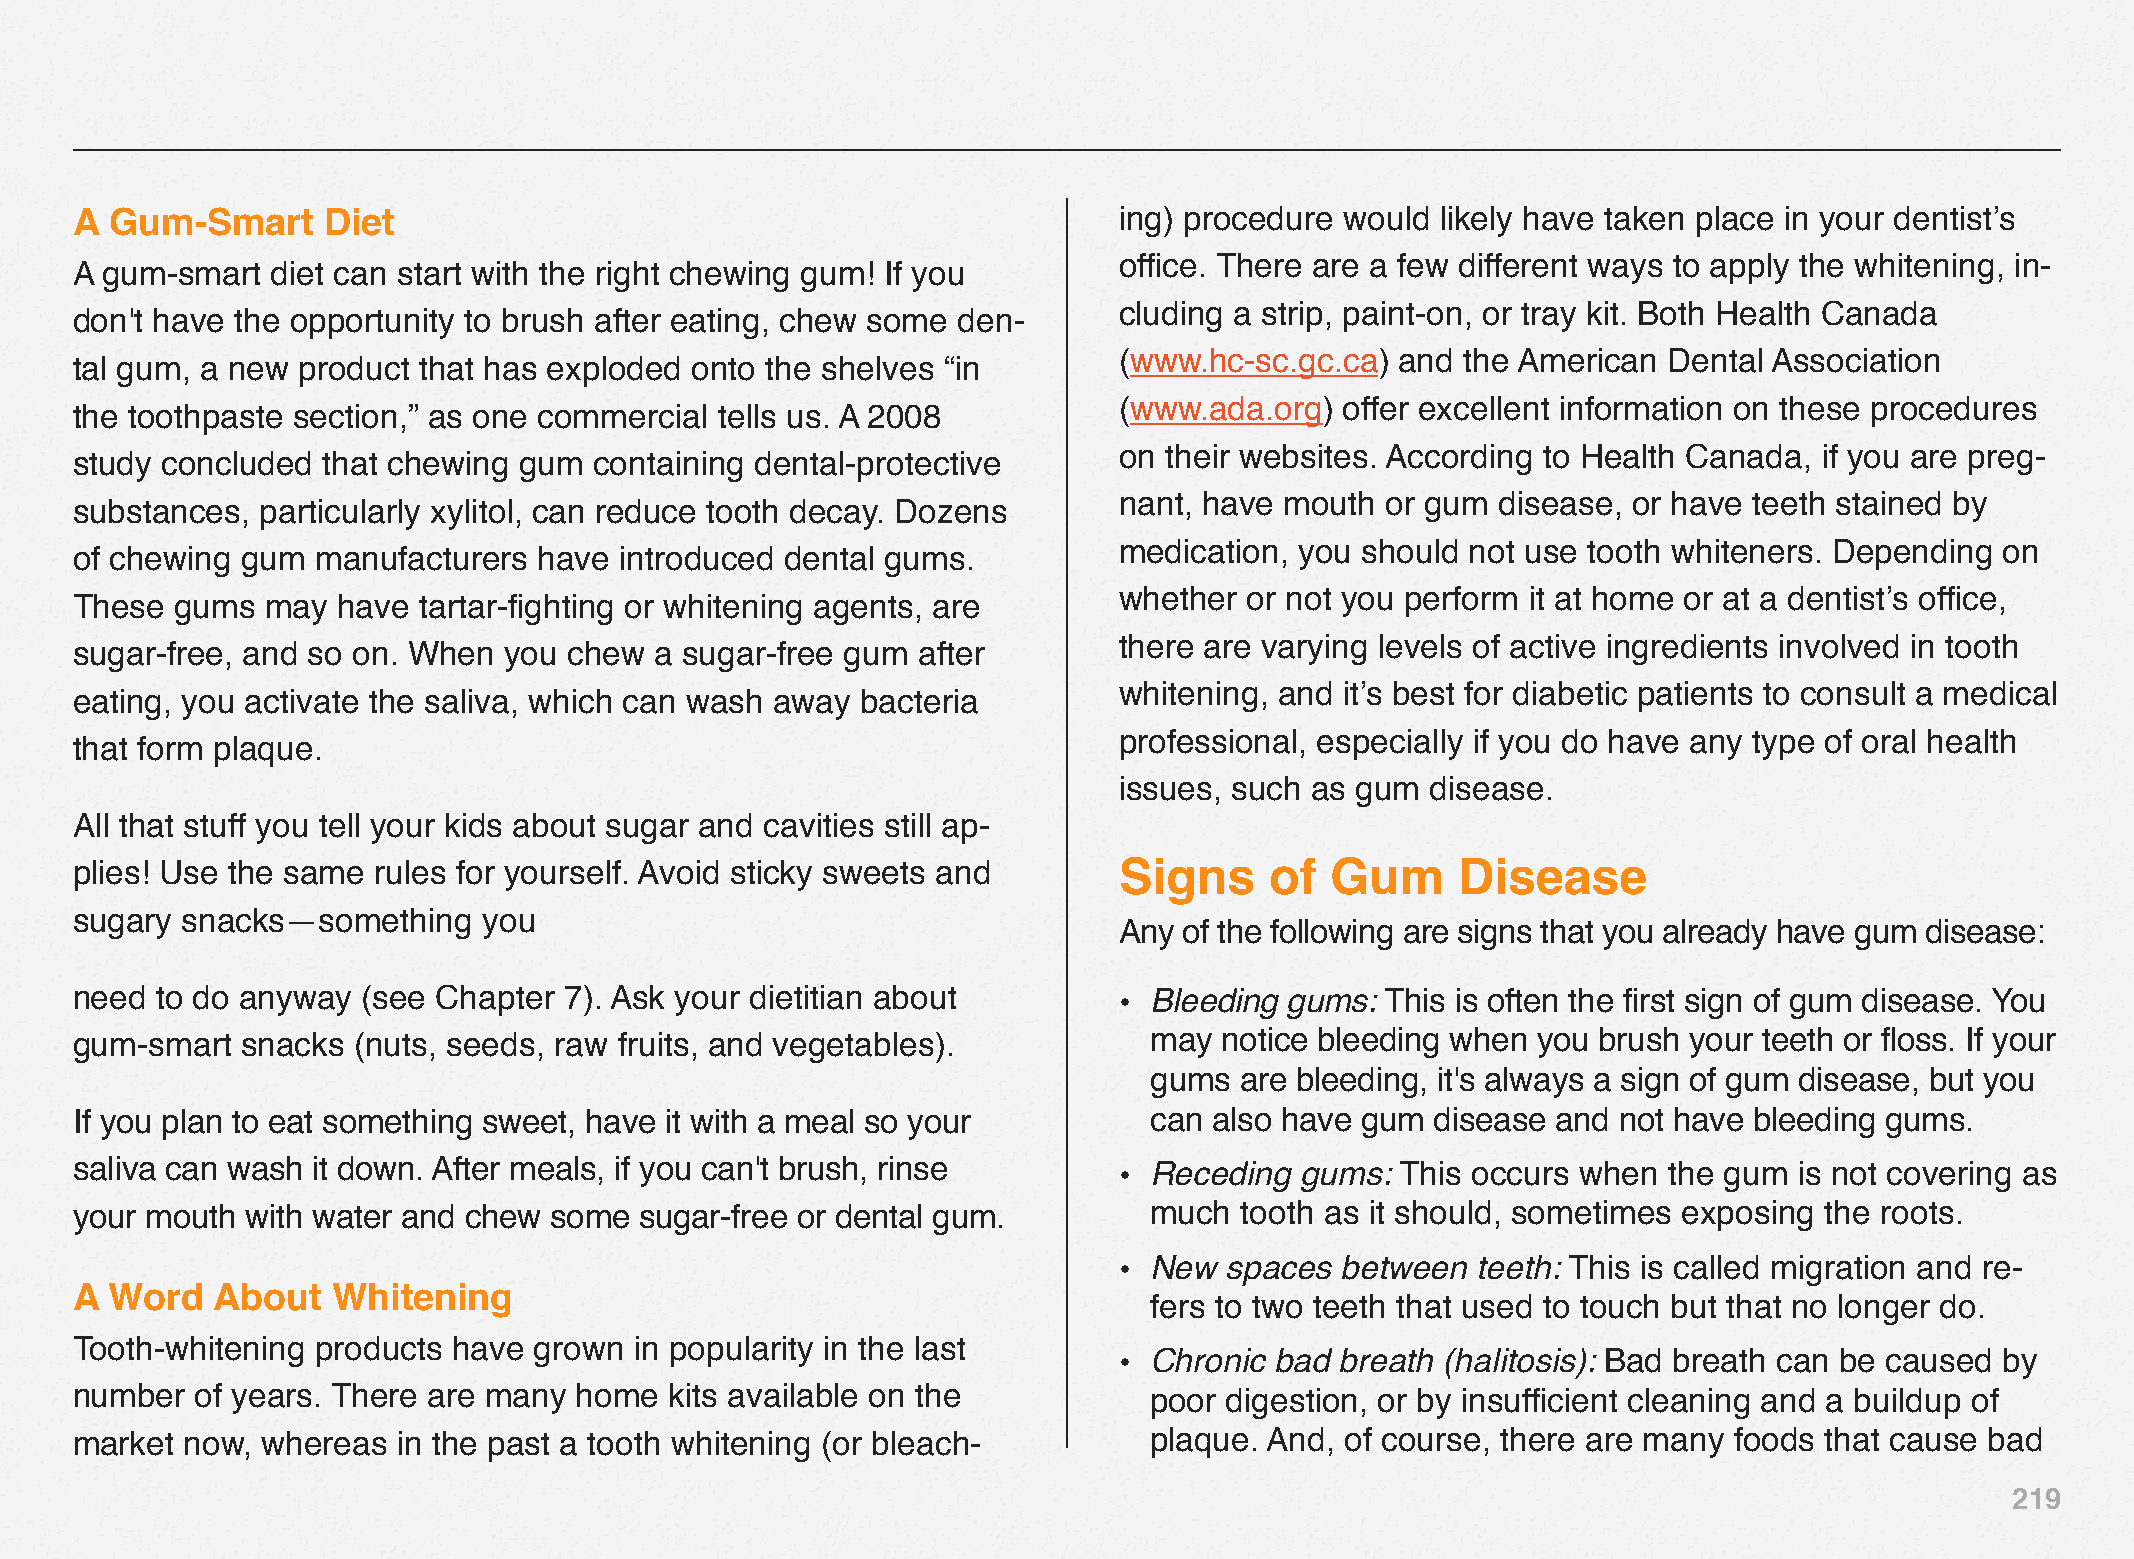
A Gum-Smart     Diet                                                 ing) procedure would likely have taken place in your dentist’s
 office. There are a few different ways to apply the whitening, in-
 A gum-smart  diet can start with the right chewing gum! If you
 cluding a strip, paint-on, or tray kit. Both Health Canada
 don't have the opportunity to brush after eating, chew some den-
 (www.hc-sc.gc.ca)  and the American Dental Association
 tal gum, a new product that has exploded onto the shelves “in
 (www.ada.org)  offer excellent information on these procedures
 the toothpaste section,” as one commercial tells us. A 2008
 on their websites. According to Health Canada, if you are preg-
 study concluded that chewing gum  containing dental-protective
 nant, have mouth  or gum disease, or have teeth stained by
 substances, particularly xylitol, can reduce tooth decay. Dozens
 medication, you should not use tooth whiteners. Depending  on
 of chewing gum  manufacturers  have introduced dental gums.
 whether  or not you perform it at home or at a dentist’s office,
 These  gums  may have  tartar-fighting or whitening agents, are
 there are varying levels of active ingredients involved in tooth
 sugar-free, and so on. When you  chew a sugar-free gum  after
 whitening, and it’s best for diabetic patients to consult a medical
 eating, you activate the saliva, which can wash away bacteria
 professional, especially if you do have any type of oral health
 that form plaque.
 issues, such as gum  disease.
 All that stuff you tell your kids about sugar and cavities still ap-
 plies! Use the same rules for yourself. Avoid sticky sweets and      Signs     of  Gum      Disease
 sugary snacks—something    you
 Any of the following are signs that you already have gum disease:
 need to do anyway  (see Chapter 7). Ask your dietitian about         • Bleeding gums:  This is often the first sign of gum disease. You
 gum-smart  snacks (nuts, seeds, raw fruits, and vegetables).           may  notice bleeding when you brush your teeth or floss. If your
 gums  are bleeding, it's always a sign of gum disease, but you
 If you plan to eat something sweet, have it with a meal so your        can also have gum  disease and not have bleeding gums.
 saliva can wash it down. After meals, if you can't brush, rinse      • Receding  gums:  This occurs when the gum  is not covering as
 your mouth with water and chew some  sugar-free or dental gum.         much  tooth as it should, sometimes exposing the roots.
 • New  spaces  between  teeth: This is called migration and re-
 A Word   About   Whitening
 fers to two teeth that used to touch but that no longer do.
 Tooth-whitening products have grown  in popularity in the last
 • Chronic bad  breath (halitosis): Bad breath can be caused by
 number  of years. There are many home  kits available on the           poor digestion, or by insufficient cleaning and a buildup of
 market now, whereas  in the past a tooth whitening (or bleach-         plaque. And, of course, there are many foods that cause bad
 219